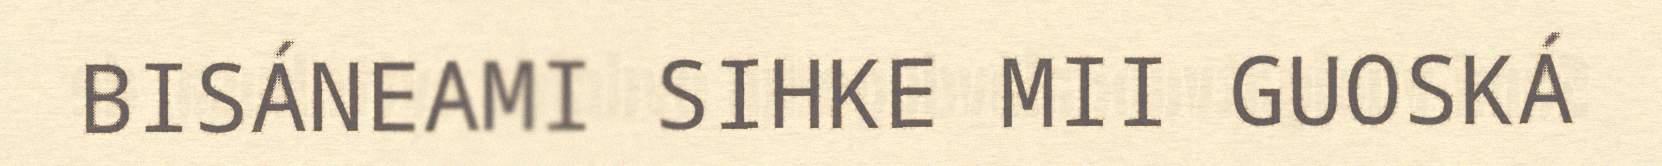
BISÁNEAMI SIHKE MII GUOSKÁ